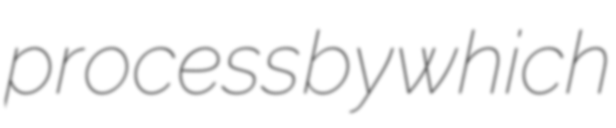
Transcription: process by which